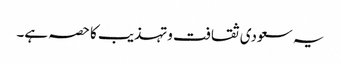
یہ سعودی ثقافت وتہذیب کا حصہ ہے۔